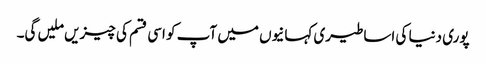
پوری دنیا کی اساطیری کہانیوں میں آپ کو اسی قسم کی چیزیں ملیں گی۔